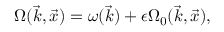
\Omega ( \vec { k } , \vec { x } ) = \omega ( \vec { k } ) + \epsilon \Omega _ { 0 } ( \vec { k } , \vec { x } ) ,